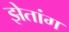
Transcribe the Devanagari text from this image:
झेतांग